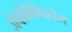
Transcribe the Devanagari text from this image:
जैवविविधतेस